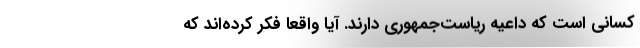
کسانی است که داعیه ریاست‌جمهوری دارند. آیا واقعا فکر کرده‌اند که